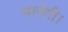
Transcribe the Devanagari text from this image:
मानेगी।